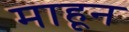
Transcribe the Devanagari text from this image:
माहून